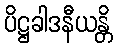
ပိဋ္ဌခါဒနီယန္တိ